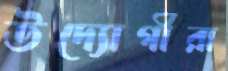
উদ্যোগীরা